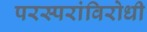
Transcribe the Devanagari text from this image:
परस्परांविरोधी